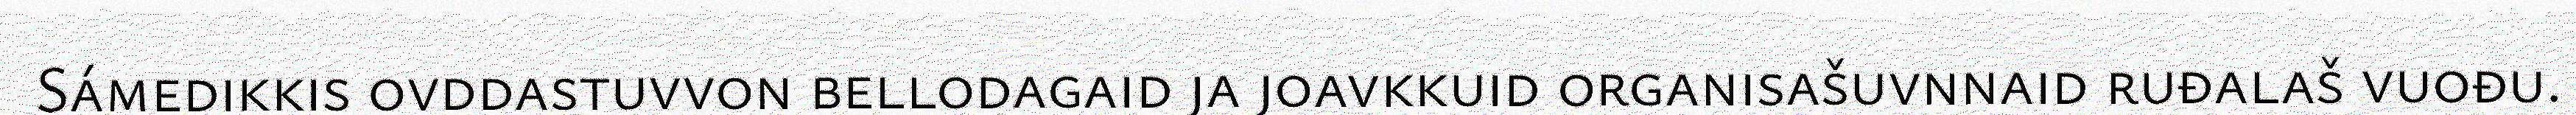
Sámedikkis ovddastuvvon bellodagaid ja joavkkuid organisašuvnnaid ruđalaš vuođu.